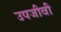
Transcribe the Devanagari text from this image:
उपजीवी